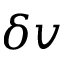
\delta v